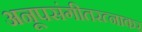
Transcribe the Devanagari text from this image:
अनूपसंगीतरत्नाकर